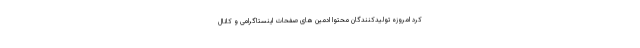
کرد امروزه تولیدکنندگان محتوا ادمین های صفحات اینستاگرامی و کانال